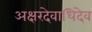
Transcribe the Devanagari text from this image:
अक्षरदेवाधिदेव